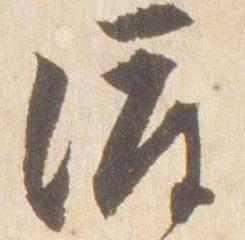
渡